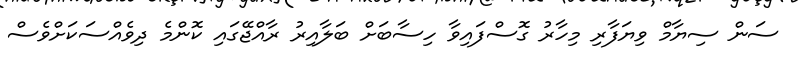
ސަން ސިޔާމް ވިޔަފާރި މިހާރު ގޮސްފައިވާ ހިސާބަށް ބަލާއިރު ރާއްޖޭގައި ކޮންމެ ދިވެއްސަކަށްވެސް